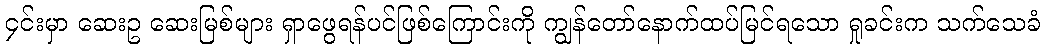
၄င်းမှာ ဆေးဥ ဆေးမြစ်များ ရှာဖွေရန်ပင်ဖြစ်ကြောင်းကို ကျွန်တော်နောက်ထပ်မြင်ရသော ရှုခင်းက သက်သေခံ